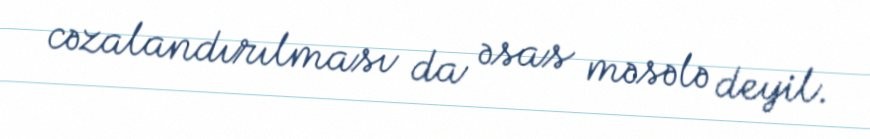
cəzalandırılması da əsas məsələ deyil.